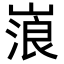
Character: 𡻔